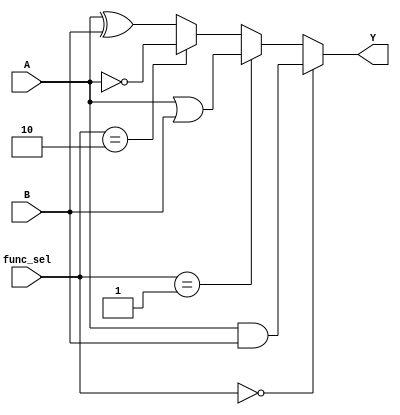
module combinational_logic_block (
    input wire [3:0] A,      // 4-bit input A
    input wire [3:0] B,      // 4-bit input B
    input wire [1:0] func_sel, // 2-bit function select
    output wire [3:0] Y      // 4-bit output
);

    wire [3:0] and_out;
    wire [3:0] or_out;
    wire [3:0] not_out;
    wire [3:0] xor_out;

    // AND operation
    assign and_out = A & B;

    // OR operation
    assign or_out = A | B;

    // NOT operation (applying NOT to A)
    assign not_out = ~A;

    // XOR operation
    assign xor_out = A ^ B;

    // MUX to select the output based on func_sel
    assign Y = (func_sel == 2'b00) ? and_out : // Select AND output
               (func_sel == 2'b01) ? or_out :  // Select OR output
               (func_sel == 2'b10) ? not_out :  // Select NOT output
               xor_out;                          // Select XOR output

endmodule